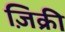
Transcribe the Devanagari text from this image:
ज़िक्री